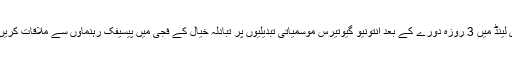
نیوزی لینڈ میں 3 روزہ دورے کے بعد انتونیو گیوتیرس موسمیاتی تبدیلیوں پر تبادلہ خیال کے فجی میں پیسیفک رہنماؤں سے ملاقات کریں گے۔